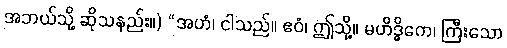
အဘယ်သို့ ဆိုသနည်း။) “အဟံ၊ ငါသည်။ ဧဝံ၊ ဤသို့။ မဟိဒ္ဓိကေ၊ ကြီးသော